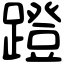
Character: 蹬